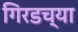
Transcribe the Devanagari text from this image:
गिरडच्या